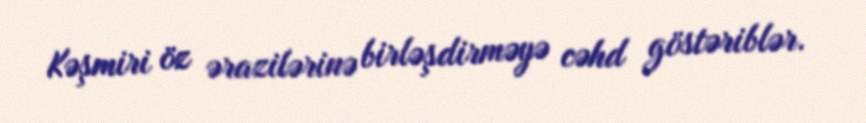
Kəşmiri öz ərazilərinə birləşdirməyə cəhd göstəriblər.